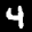
Label: 4